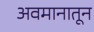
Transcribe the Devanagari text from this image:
अवमानातून